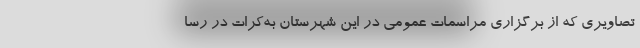
تصاویری که از برگزاری مراسمات عمومی در این شهرستان به‌کرات در رسا